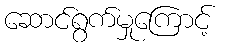
ဆောင်ရွက်မှုကြောင့်